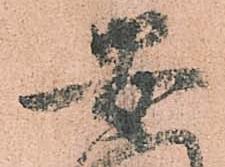
安